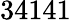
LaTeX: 34141